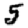
Digit: 5